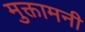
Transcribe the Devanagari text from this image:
मुक्तामनी